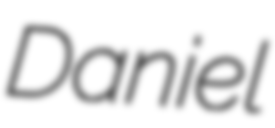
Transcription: Daniel